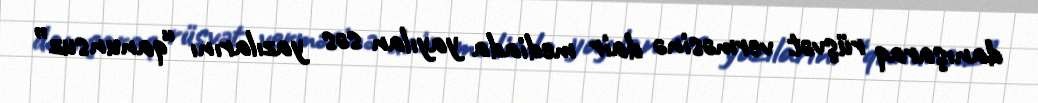
danışaraq rüşvət verməsinə dair mediada yayılan səs yazılarını “qanunsuz”